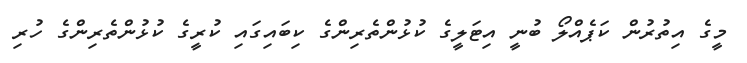
މީގެ އިތުރުން ކަޕެއްލޯ ބުނީ އިޓަލީގެ ކުޅުންތެރިންގެ ކިބައިގައި ކުރީގެ ކުޅުންތެރިންގެ ހުރި